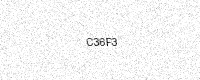
Text: C36F3